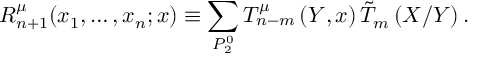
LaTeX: R _ { n + 1 } ^ { \mu } ( x _ { 1 } , \ldots , x _ { n } ; x ) \equiv \sum _ { P _ { 2 } ^ { 0 } } T _ { n - m } ^ { \mu } \left( Y , x \right) \tilde { T } _ { m } \left( X / Y \right) .